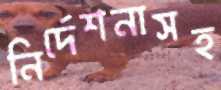
নির্দেশনাসহ